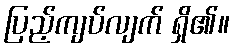
ပြည့်ကျပ်လျက် ရှိ၏။